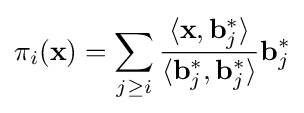
\pi _{i}(\mathbf {x} )=\sum _{j\geq i}{\frac {\langle \mathbf {x} ,\mathbf {b} _{j}^{*}\rangle }{\langle \mathbf {b} _{j}^{*},\mathbf {b} _{j}^{*}\rangle }}\mathbf {b} _{j}^{*}